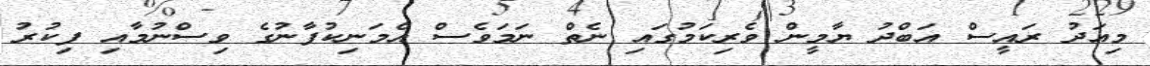
މިއަދު ރައީސް އަބްދު ޔާމީން ވެރިކަމުގައި ނެތް ނަމަވެސް އެމަނިކުފާނުގެ ވިސްނުމާއި ފިކުރު